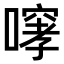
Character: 𫫳